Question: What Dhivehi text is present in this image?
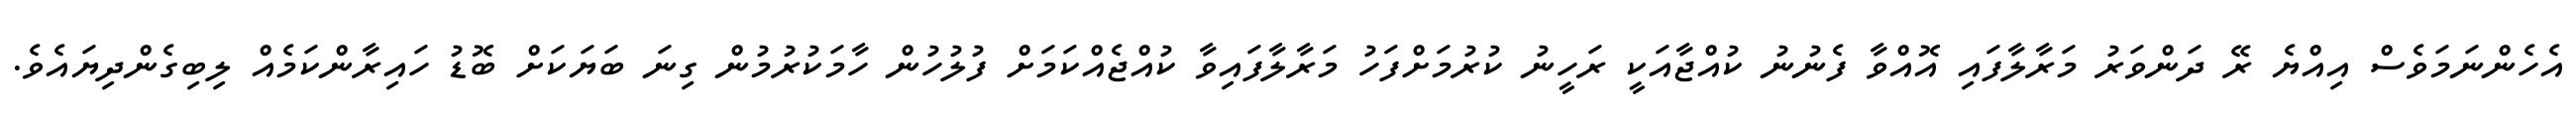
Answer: އެހެންނަމަވެސް އިއްޔެ ރޭ ދަންވަރު މަރާލާފައި އޮއްވާ ފެނުނު ކުއްޖާއަކީ ރަހީނު ކުރުމަށްފަހު މަރާލާފައިވާ ކުއްޖެއްކަމަށް ފުލުހުން ހާމަކުރުމުން ގިނަ ބަޔަކަށް ބޮޑު ހައިރާންކަމެއް ލިބިގެންދިޔައެވެ.